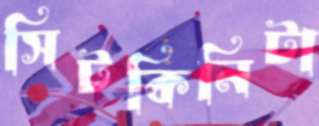
সিটকিনিটা